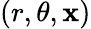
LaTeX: (r,\theta,\mathbf{x})